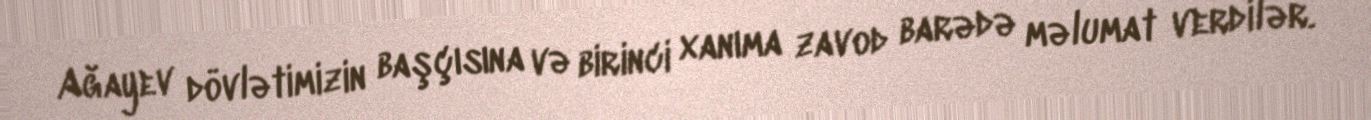
Ağayev dövlətimizin başçısına və birinci xanıma zavod barədə məlumat verdilər.